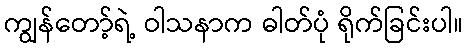
ကျွန်တော့်ရဲ့ ဝါသနာက ဓါတ်ပုံ ရိုက်ခြင်းပါ။